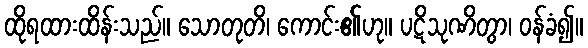
ထိုရထားထိန်းသည်။ သောတုတိ၊ ကောင်း၏ဟု။ ပဋိသုဏိတွာ၊ ဝန်ခံ၍။